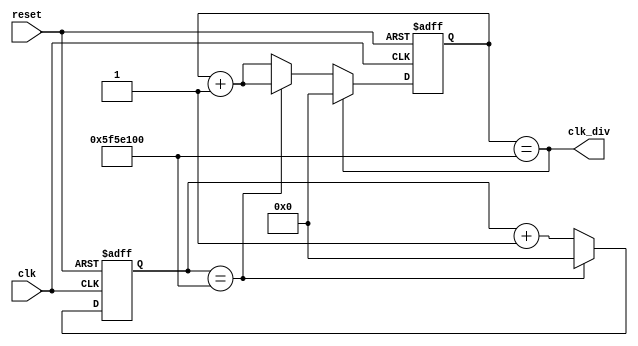
`timescale 1ns / 1ps
//////////////////////////////////////////////////////////////////////////////////
// Company: 
// Engineer: 
// 
// Design Name: 
// Module Name: clock_divider
// Project Name: 
// Target Devices: 
// Tool Versions: 
// Description: 
// 
// Dependencies: 
// 
// Revision:
// Revision 0.01 - File Created
// Additional Comments:
// 
//////////////////////////////////////////////////////////////////////////////////


module clock_divider(
input clk, 
input reset,
output clk_div
    );
    
    //100MHZ is too fast for human perception. We need to make it last longer with a clock divider.
    // I think this module slows it down to about 1 second
    reg [31:0] cnt_first, cnt_second;
    parameter TIME_1S = 1_000_000_00;
    always @(posedge clk or posedge reset)
        if(reset)
            cnt_first <= 32'd0;
        else if(cnt_first == TIME_1S)
            cnt_first <= 32'd0;
        else
            cnt_first <= cnt_first + 1'b1;
            
    always @(posedge clk or posedge reset)
        if(reset)
            cnt_second <= 32'd0;
        else if(cnt_second == TIME_1S)
            cnt_second <= 32'd0;
        else if(cnt_first ==  TIME_1S)
            cnt_second <= cnt_second + 1'b1;
        else
            cnt_second <= cnt_second + 1;
            
    assign clk_div = cnt_second ==  TIME_1S;
endmodule